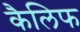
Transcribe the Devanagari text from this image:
कैलिफ